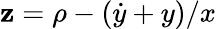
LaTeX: \mathbf{z}=\rho-(\dot{{y}}+y)/x